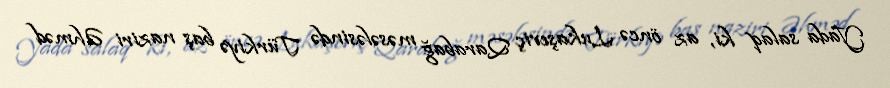
Yada salaq ki, az öncə Lukaşeviç Qarabağ məsələsində Türkiyə baş naziri Əhməd